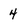
Character: 4